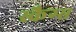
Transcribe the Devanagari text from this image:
स्कैग्स